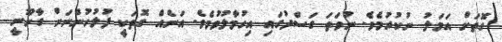
ގޮތަށް އަމަލު ނުކުރުމެވެ. ނުވަތަ ގަސްދުގައި އިހުމާލުވުމެވެ. އަނެއް ގޮތަކީ ފުލުހުންނަށް ގާނޫނީ